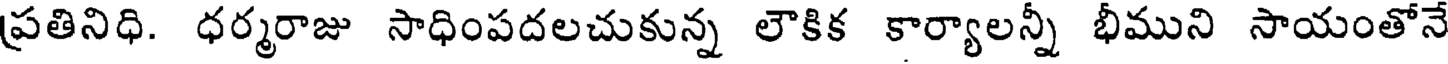
ప్రతినిధి. ధర్మరాజు సాధింపదలచుకున్న లౌకిక కార్యాలన్నీ భీముని సాయంతోనే